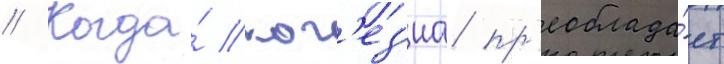
// Когда́ ког'ез'иа пр'еоблада́ет